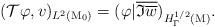
LaTeX: \begin{align*}(\mathcal{T}\varphi,v)_{L^2(\mathrm{M}_0)}=(\varphi|\overline{\mathfrak{I}\overline{w}})_{H^{1/2}_\Gamma(\mathrm{M})}.\end{align*}